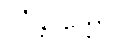
ဝင်္ဂန္တပုတ္တော